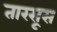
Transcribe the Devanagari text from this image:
तारसूस